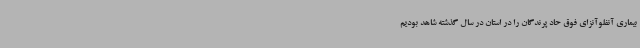
بیماری آنفلوآنزای فوق حاد پرندگان را در استان در سال گذشته شاهد بودیم